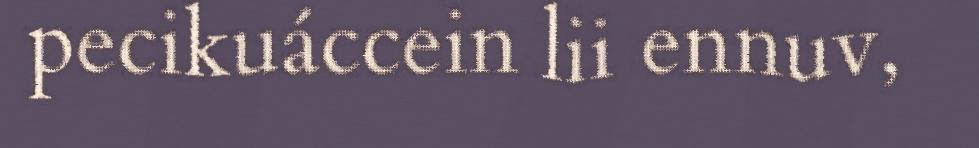
pecikuáccein lii ennuv,